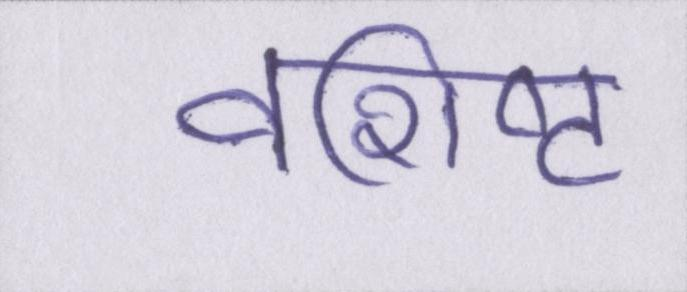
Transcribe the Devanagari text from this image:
वशिष्ट